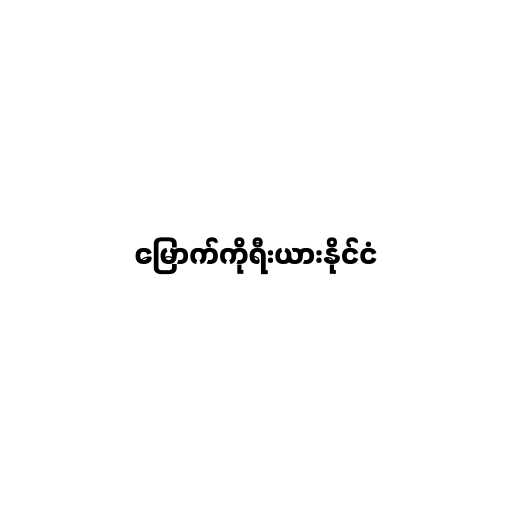
မြောက်ကိုရီးယားနိုင်ငံ